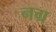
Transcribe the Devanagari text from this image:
नग्र